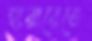
হারারেতে